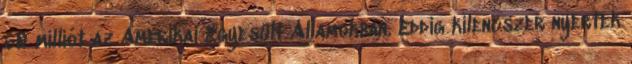
60 milliót az Amerikai Egyesült Államokban. Eddig kilencszer nyertek